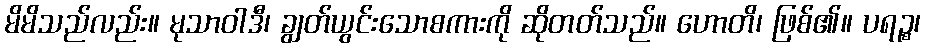
မိမိသည်လည်း။ မုသာဝါဒီ၊ ချွတ်ယွင်းသောစကားကို ဆိုတတ်သည်။ ဟောတိ၊ ဖြစ်၏။ ပရဉ္စ၊